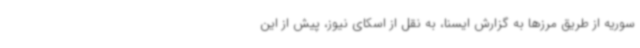
سوریه از طریق مرزها به گزارش ایسنا، به نقل از اسکای نیوز، پیش از این